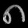
Digit: ၈